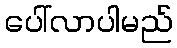
ပေါ်လာပါမည်